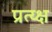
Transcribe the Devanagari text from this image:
प्रत्य्क्ष